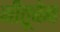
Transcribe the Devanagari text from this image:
जीतूबेन